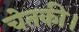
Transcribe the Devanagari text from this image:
चेतकी।